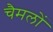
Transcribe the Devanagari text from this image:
चैमलों